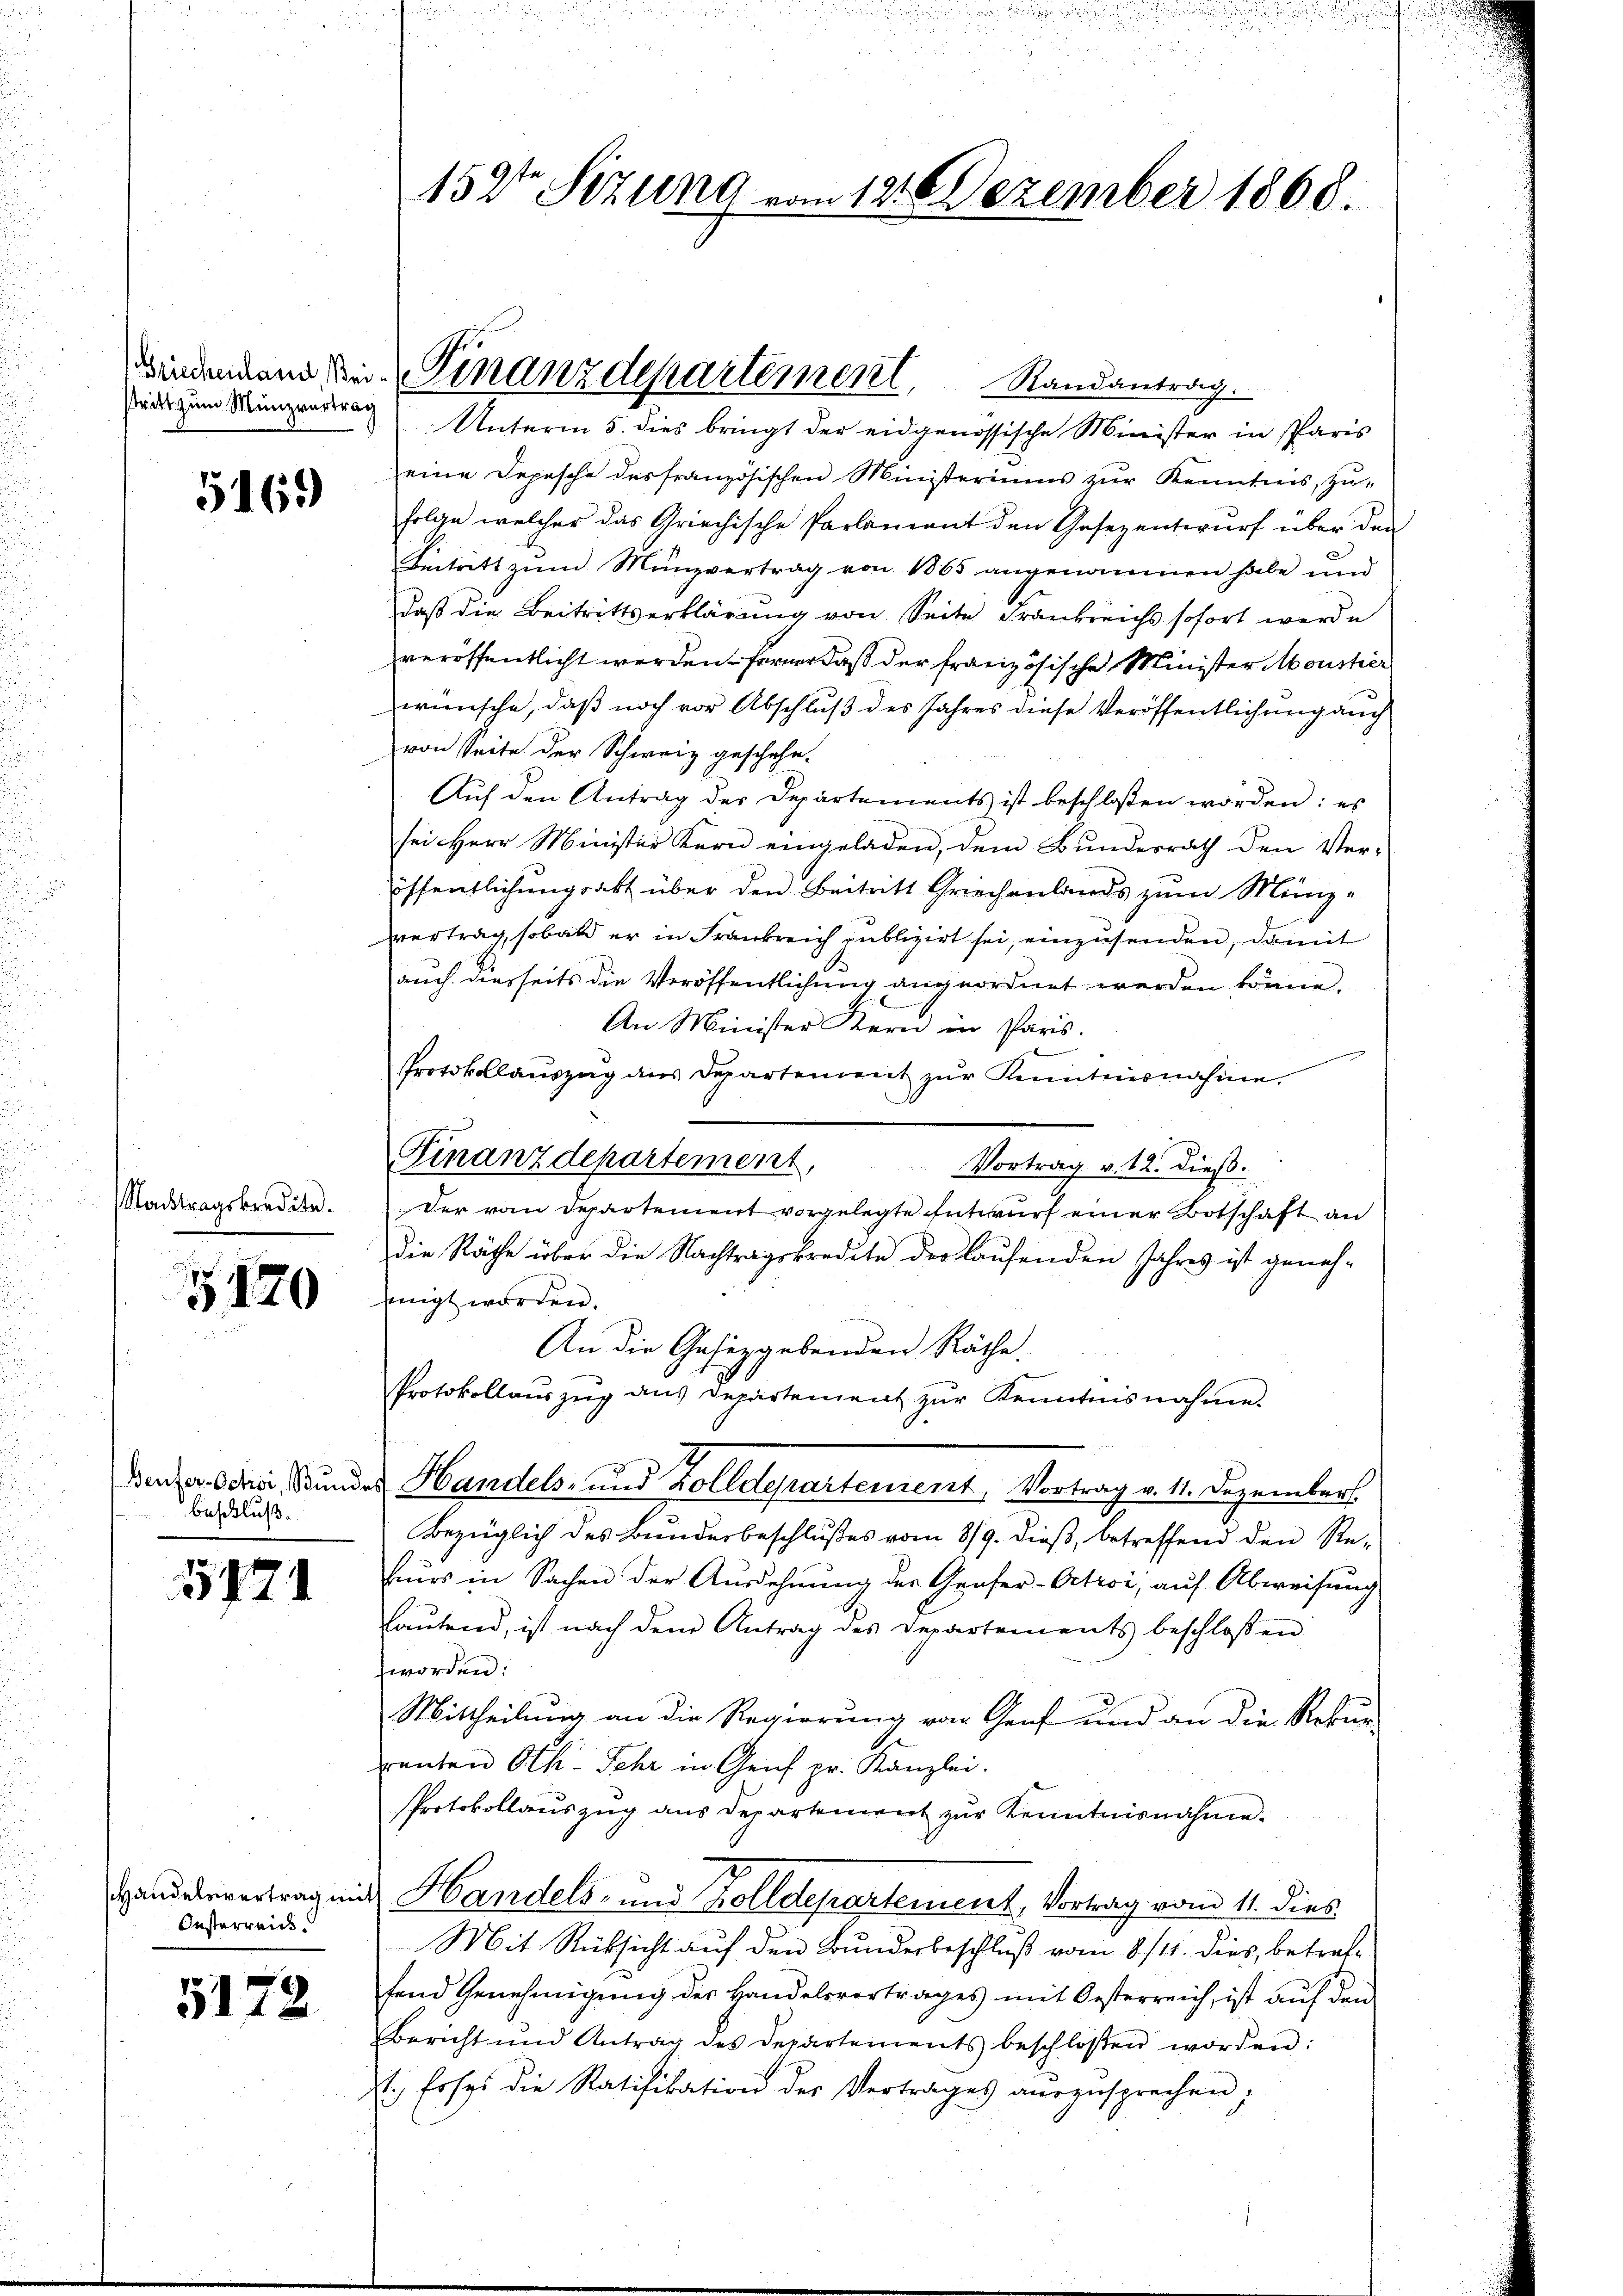
tritt zum Münzvertrag

516.

Stadtragskredite.

G170

beschluß.

3774

Oesterreich

5172

Unterm 5. dies bringt der eidgenössische Minister in Paris
eine Depesche des französischen Ministeriums zur Kenntnis, zu¬
Folge welcher das Griechische Parlament den Gesezentwurf über den
Beitritt zum Münzvertrag von 1865 angenommen habe und
Daß die Beitrittserklärung von Seite Frankreichs sofort werde
veröffentlicht werden ferner daß der französische Minister Moustier
wünsche, daß noch vor Abschluß des Jahres diese Veröffentlichung auch
von Seite der Schweiz geschehe.
Aŭf den Antrag der Departements ist beschloßen worden: es
sei Herr Minister Kern eingeladen, dem Bundesrath den Ver-
öffentlichungsakt über den Beitritt Griechenlands zum Münz-
vertrag, sobald er in Frankreich publizirt sei, einzusenden, damit
auch diesseits die Veröffentlichung angeordnet werden könne.
An Minister Kern in Paris.
Protokollauszug aus Departement zŭr Kenntnisnahme.
Finanzdepartement,
Vortrag v. 12. dieß.
Der vom Departement vorgelegte Entwurf einer Botschaft an
die Räthe über die Nachtragskredite des laufenden Jahres ist geneh-
einigt worden.
An die Gesetzgebenden Räthe.
Protokollauszug aus Departement zur Kenntnisnahme
Denn die Bundes Handels- und Zolldepartement, Vortrag v. 4. Dezember
Bezüglich des Bundesbeschlußes vom 8/9. dieß, betreffend den Reheurs in Sachen der Ausdehnung der Grafer-Oetwoi, auf Abweisung
lautend, ist nach dem Antrag des Departements beschloßen
worden:
Mittheilung an die Regierung von Genf und an die Rekur-
renten Oth. Sehr in Genf pr. Kanzlei.
Protokollauszug aus Departement zŭr Kenntnisnahme.
Handervertrag mit Handels- und Zolldepartement, Vortrag vom 11. dies
Mit Rücksicht auf den Bundesbeschluß vom 8/14. dies, betreffend Genehmigung des Handelsvortrages mit Oesterreich, ist auf den
Bericht und Antrag des Departements beschlossen worden:
N foss die Ratifikation der Vertrages aŭszŭsprechen,

152ten Sizung vom 12. Dezember 1868.

Bindenden S. Finanzdepartement, Randantrag.